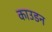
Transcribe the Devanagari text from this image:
काउडन